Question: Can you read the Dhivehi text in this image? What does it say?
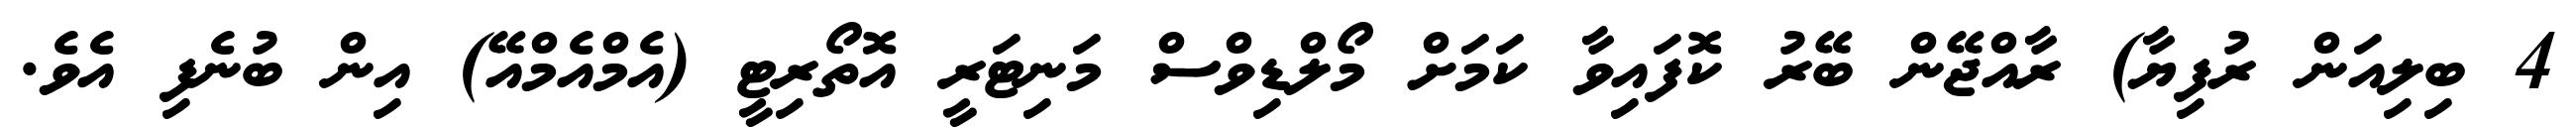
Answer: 4 ބިލިއަން ރުފިޔާ) ރާއްޖޭން ބޭރު ކޮފައިވާ ކަމަށް މޯލްޑިވްސް މަނިޓަރީ އޮތޯރިޓީ (އެމްއެމްއޭ) އިން ބުނެފި އެވެ.